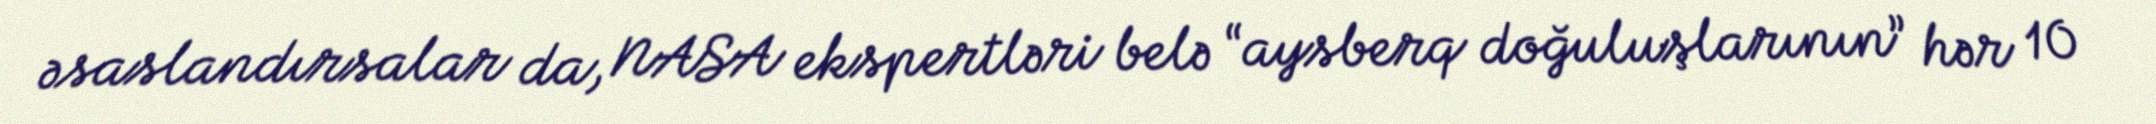
əsaslandırsalar da, NASA ekspertləri belə “aysberq doğuluşlarının” hər 10